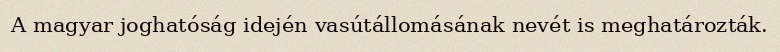
A magyar joghatóság idején vasútállomásának nevét is meghatározták.